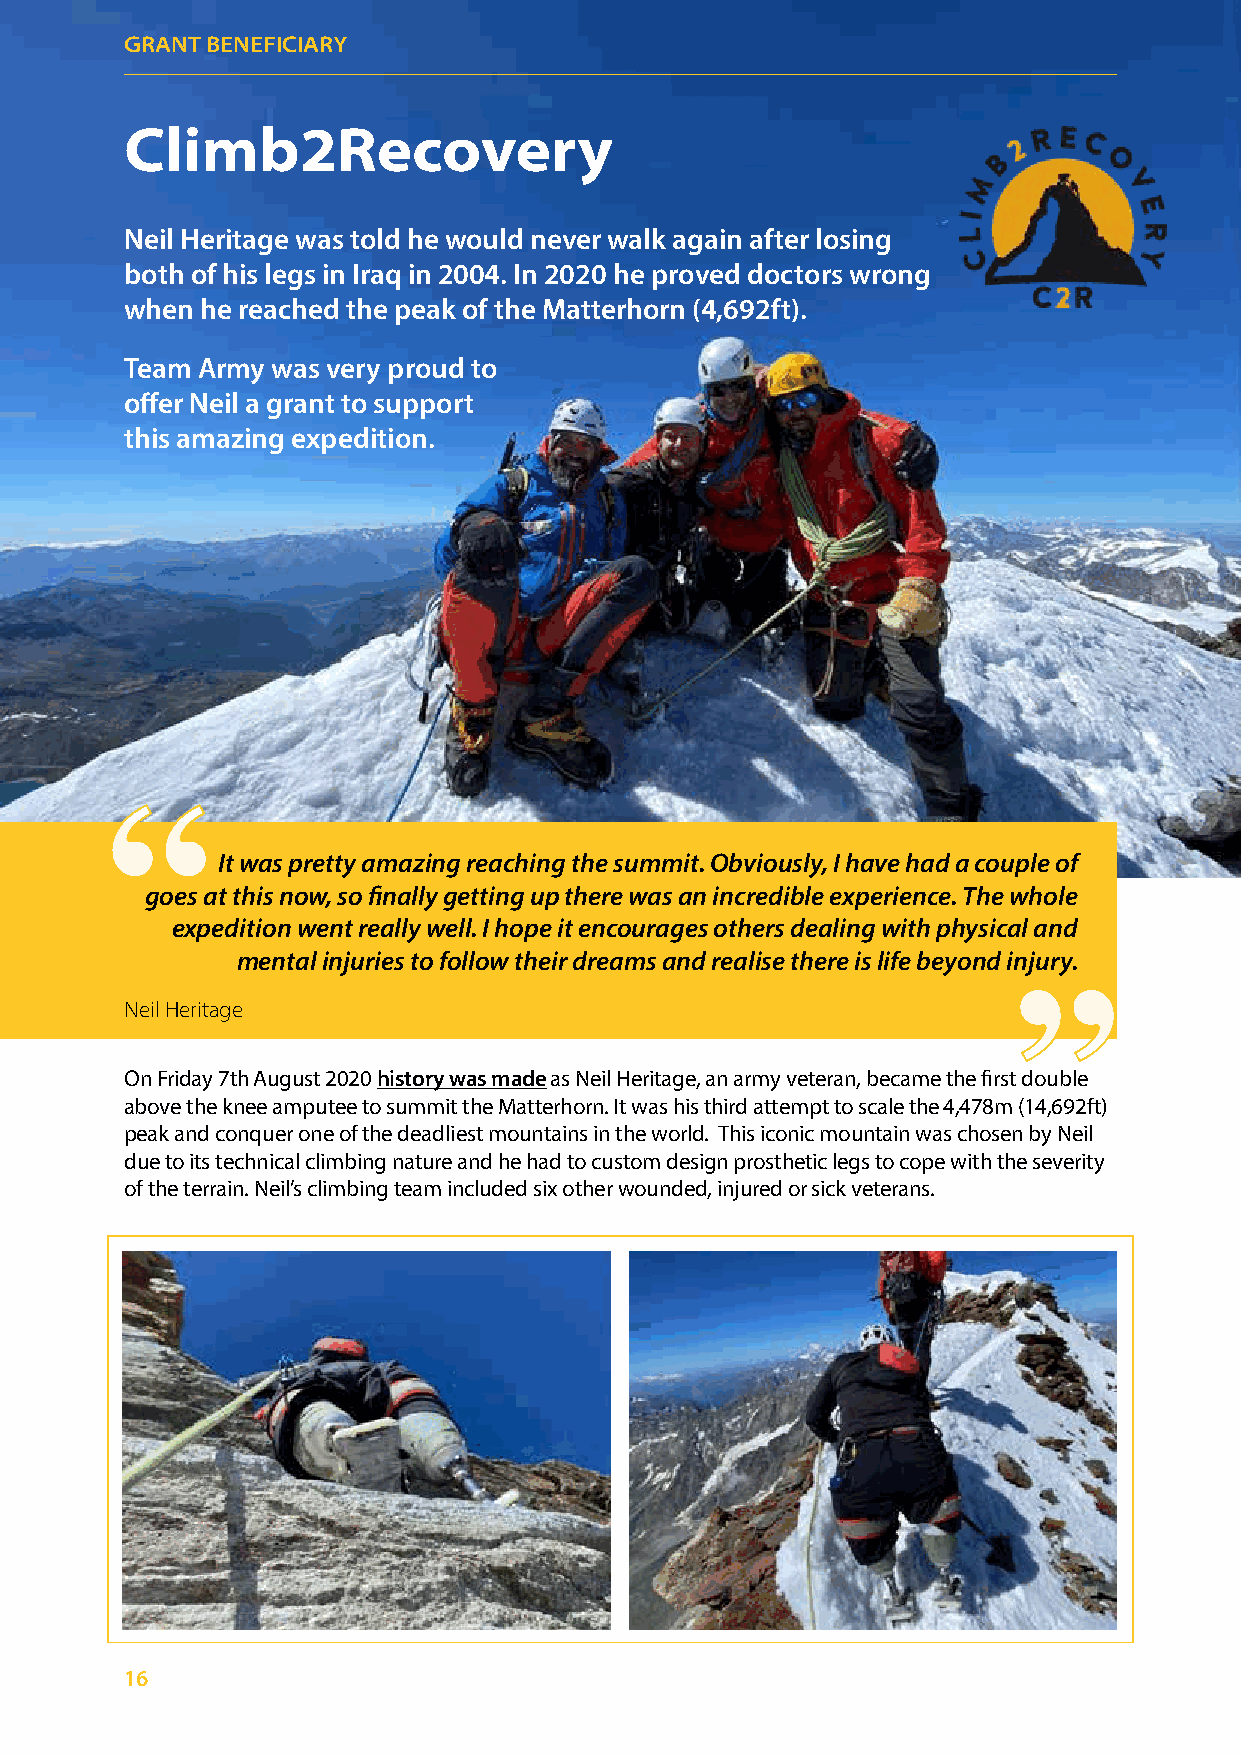
GGRRAANNTT BBEENNEEFFIICCIIAARRYY
 Climb2Recovery
 Neil Heritage was told he would never walk again after losing
 both of his legs in Iraq in 2004. In 2020 he proved doctors wrong
 when he reached the peak of the Matterhorn (4,692ft).
 Team Army was very proud to
 offer Neil a grant to support
 this amazing expedition.
 ““
 ““
 It was pretty amazing reaching the summit. Obviously, I have had a couple of
 goes at this now, so finally getting up there was an incredible experience. The whole
 expedition went really well. I hope it encourages others dealing with physical and
 mental injuries to follow their dreams and realise there is life beyond injury.
 Neil Heritage
 On Friday 7th August 2020 history was made as Neil Heritage, an army veteran, became the first double
 above the knee amputee to summit the Matterhorn. It was his third attempt to scale the 4,478m (14,692ft)
 peak and conquer one of the deadliest mountains in the world. This iconic mountain was chosen by Neil
 due to its technical climbing nature and he had to custom design prosthetic legs to cope with the severity
 of the terrain. Neil’s climbing team included six other wounded, injured or sick veterans.
 16